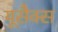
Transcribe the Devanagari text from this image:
यूसैक्स